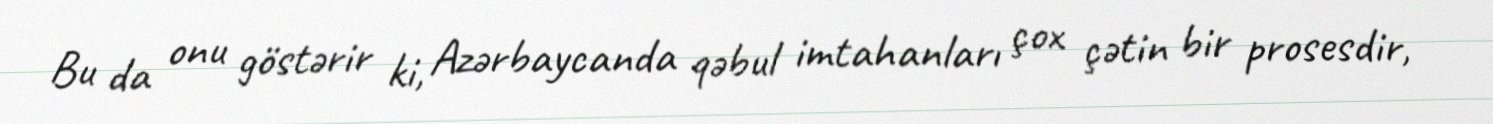
Bu da onu göstərir ki, Azərbaycanda qəbul imtahanları çox çətin bir prosesdir,